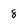
Character: 8